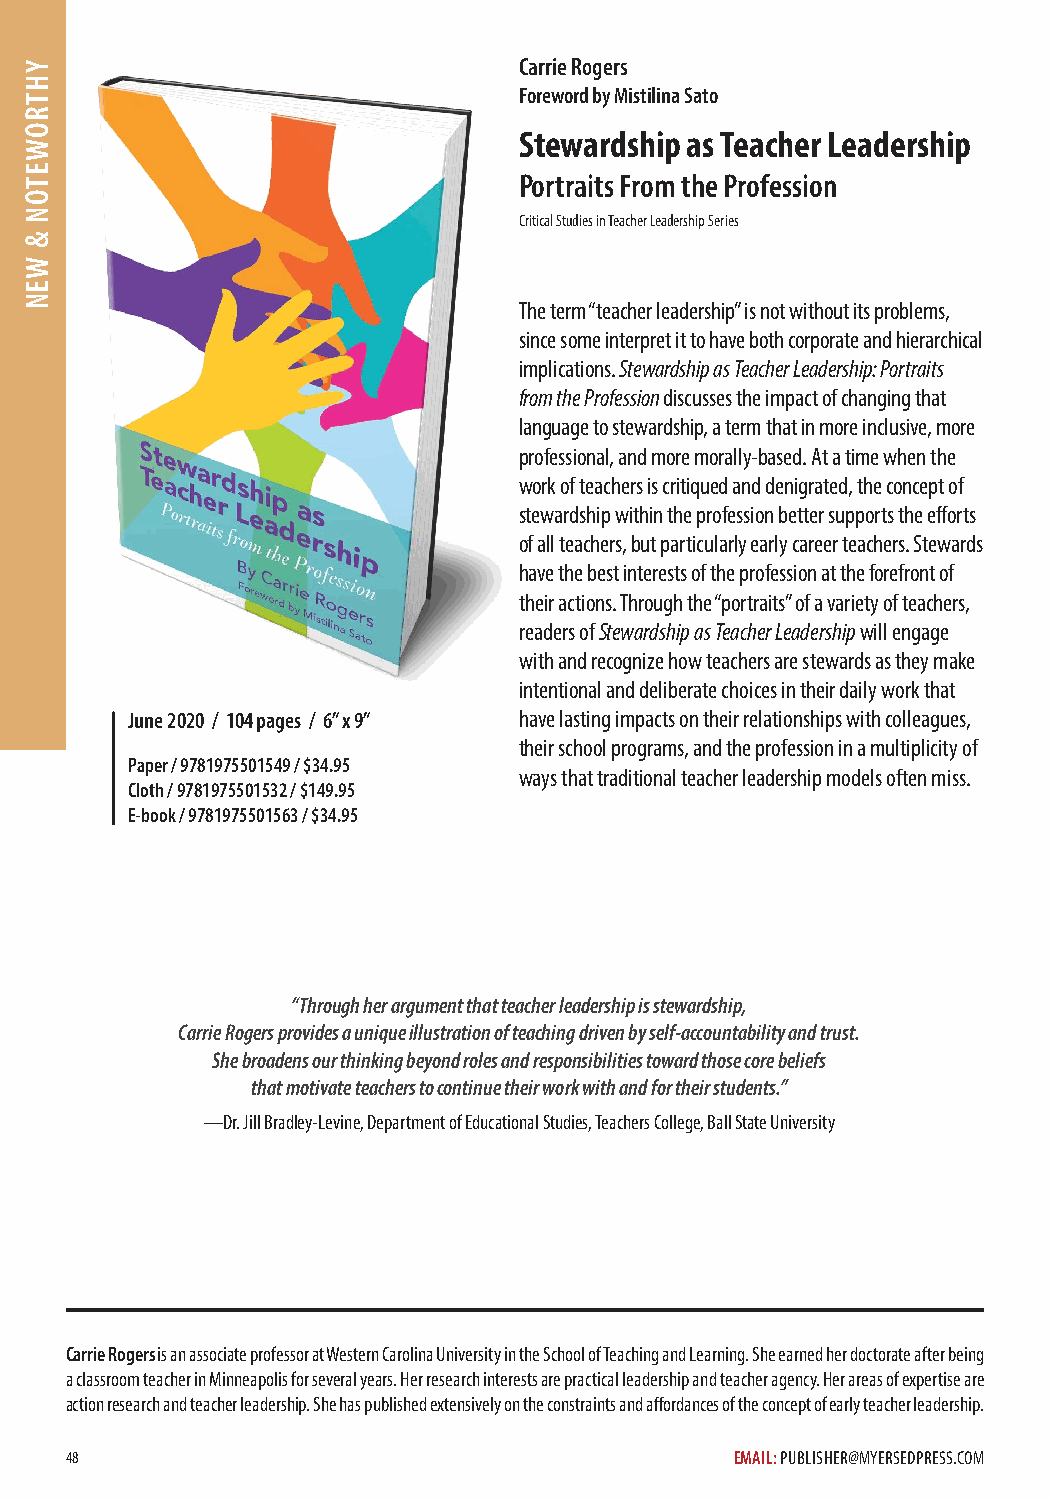
Carrie Rogers
 Foreword by Mistilina Sato
 Stewardship as Teacher Leadership
 Portraits From the Profession
 Critical Studies in Teacher Leadership Series
 The term “teacher leadership” is not without its problems,
 since some interpret it to have both corporate and hierarchical
 implications. Stewardship as Teacher Leadership: Portraits
 from the Profession discusses the impact of changing that
 language to stewardship, a term that in more inclusive, more
 professional, and more morally-based. At a time when the
 work of teachers is critiqued and denigrated, the concept of
 stewardship within the profession better supports the efforts
 of all teachers, but particularly early career teachers. Stewards
 have the best interests of the profession at the forefront of
 their actions. Through the “portraits” of a variety of teachers,
 readers of Stewardship as Teacher Leadership will engage
 with and recognize how teachers are stewards as they make
 intentional and deliberate choices in their daily work that
 June 2020 / 104 pages / 6” x 9” have lasting impacts on their relationships with colleagues,
 their school programs, and the profession in a multiplicity of
 Paper / 9781975501549 / $34.95
 ways that traditional teacher leadership models often miss.
 Cloth / 9781975501532 / $149.95
 E-book / 9781975501563 / $34.95
 “Through her argument that teacher leadership is stewardship,
 Carrie Rogers provides a unique illustration of teaching driven by self-accountability and trust.
 She broadens our thinking beyond roles and responsibilities toward those core beliefs
 that motivate teachers to continue their work with and for their students.”
 —Dr. Jill Bradley-Levine, Department of Educational Studies, Teachers College, Ball State University
 Carrie Rogers is an associate professor at Western Carolina University in the School of Teaching and Learning. She earned her doctorate after being
 a classroom teacher in Minneapolis for several years. Her research interests are practical leadership and teacher agency. Her areas of expertise are
 action research and teacher leadership. She has published extensively on the constraints and affordances of the concept of early teacher leadership.
 48                                           EMAIL: PUBLISHER@MYERSEDPRESS.COM
 YHTROWETON
 &
 WEN